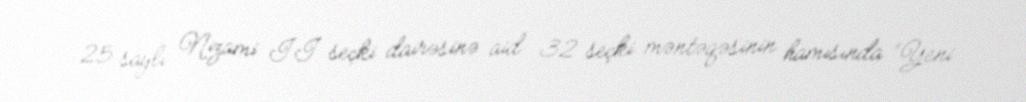
25 saylı Nizami II seçki dairəsinə aid 32 seçki məntəqəsinin hamısında “Yeni